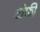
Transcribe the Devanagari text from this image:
टोफ़ी